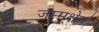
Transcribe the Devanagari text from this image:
जम्मूक्षेत्र